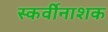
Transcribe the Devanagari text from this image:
स्कर्वीनाशक